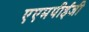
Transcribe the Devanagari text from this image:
एएमपीईजी